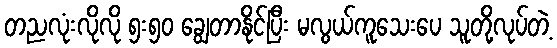
တညလုံးလိုလို ၅း၅၀ ချွေတာနိုင်ပြီး မလွယ်ကူသေးပေ သူတို့လုပ်တဲ့